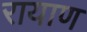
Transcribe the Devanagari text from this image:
रायाण